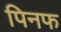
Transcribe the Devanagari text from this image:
पिनफ